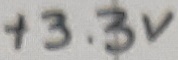
Text: +3.3V